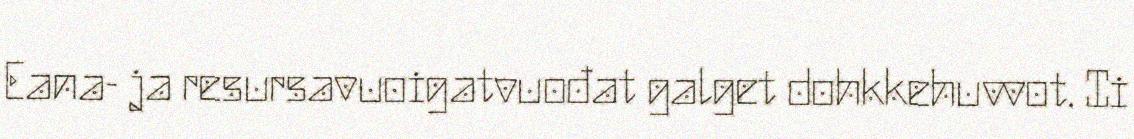
Eana- ja resursavuoigatvuođat galget dohkkehuvvot. Ii